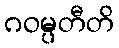
ဂဝမ္ပတီတိ